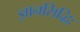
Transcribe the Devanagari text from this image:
ज्ञानसिद्धिः